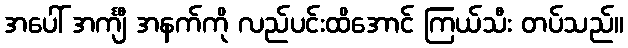
အပေါ် အင်္ကျီ အနက်ကို လည်ပင်းထိအောင် ကြယ်သီး တပ်သည်။